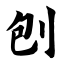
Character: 刨